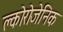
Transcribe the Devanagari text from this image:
क्लोरोजेनिक